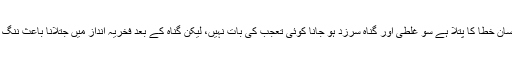
بے شک انسان خطا کا پتلا ہے سو غلطی اور گناہ سرزد ہو جانا کوئی تعجب کی بات نہیں، لیکن گناہ کے بعد فخریہ انداز میں جتلانا باعث ننگ و عار ہے۔